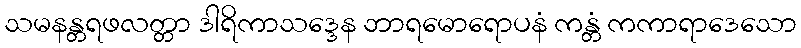
သမနန္တရဖလတ္တာ ဒါရိကာသဒ္ဒေန ဘာရမောရောပနံ ကန္တံ ကကာရာဒေသော